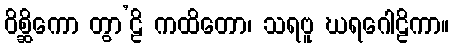
ဝိစ္ဆိကော တွာ’ဠိ ကထိတော၊ သရဗူ ဃရဂေါဠိကာ။